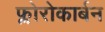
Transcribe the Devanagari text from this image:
फ्लोरोकार्बन